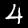
Label: 4